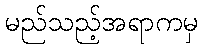
မည်သည့်အရာကမှ